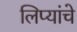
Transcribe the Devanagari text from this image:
लिप्यांचे